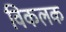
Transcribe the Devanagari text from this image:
विकलक